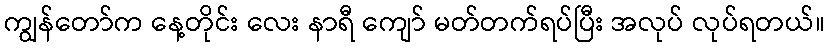
ကျွန်တော်က နေ့တိုင်း လေး နာရီ ကျော် မတ်တက်ရပ်ပြီး အလုပ် လုပ်ရတယ်။